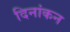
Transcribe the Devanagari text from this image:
दिनांकन